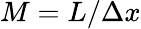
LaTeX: M=L/\Delta x